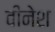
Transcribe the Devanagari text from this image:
वीनेश